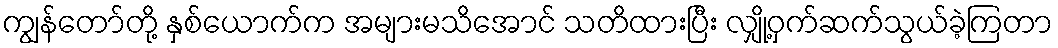
ကျွန်တော်တို့ နှစ်ယောက်က အများမသိအောင် သတိထားပြီး လျှို့ဝှက်ဆက်သွယ်ခဲ့ကြတာ